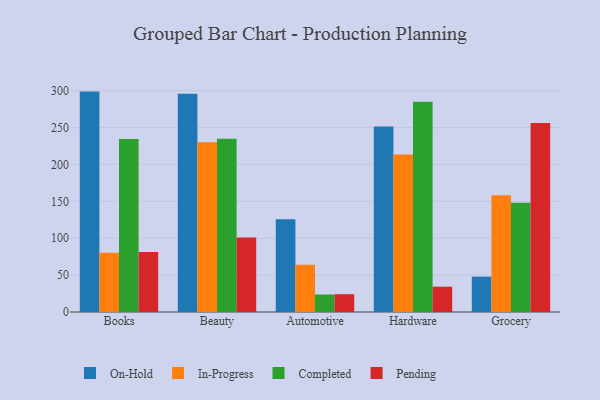
{"axis": {"x": "Category", "y": "Tickets Resolved"}, "legend": ["Completed", "In-Progress", "On-Hold", "Pending"], "data": [{"x": "Books", "y": 298.7, "type": "On-Hold"}, {"x": "Books", "y": 80.4, "type": "In-Progress"}, {"x": "Books", "y": 234.3, "type": "Completed"}, {"x": "Books", "y": 81.4, "type": "Pending"}, {"x": "Beauty", "y": 295.8, "type": "On-Hold"}, {"x": "Beauty", "y": 229.9, "type": "In-Progress"}, {"x": "Beauty", "y": 234.8, "type": "Completed"}, {"x": "Beauty", "y": 101.1, "type": "Pending"}, {"x": "Automotive", "y": 125.6, "type": "On-Hold"}, {"x": "Automotive", "y": 64.0, "type": "In-Progress"}, {"x": "Automotive", "y": 23.7, "type": "Completed"}, {"x": "Automotive", "y": 24.1, "type": "Pending"}, {"x": "Hardware", "y": 251.3, "type": "On-Hold"}, {"x": "Hardware", "y": 213.3, "type": "In-Progress"}, {"x": "Hardware", "y": 284.8, "type": "Completed"}, {"x": "Hardware", "y": 34.3, "type": "Pending"}, {"x": "Grocery", "y": 47.9, "type": "On-Hold"}, {"x": "Grocery", "y": 158.1, "type": "In-Progress"}, {"x": "Grocery", "y": 148.1, "type": "Completed"}, {"x": "Grocery", "y": 256.0, "type": "Pending"}]}